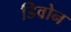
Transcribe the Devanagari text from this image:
डिवोन